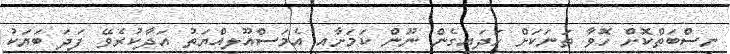
ނިސްބަތްކޮށް ހޮވާ ތަނަކަށް ހަދައިގެން ނޫން ކަމަށާއި އެމަސްއޫލިއްޔަތު އަދާކުރެވޭ ފަދަ ބަޔަކު